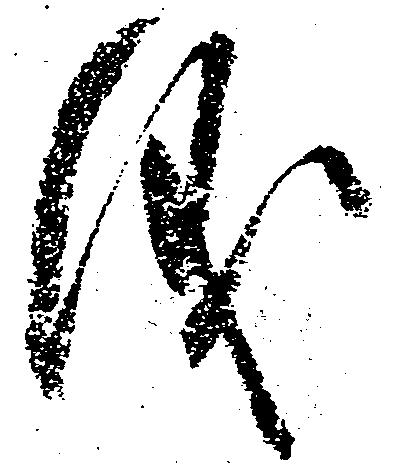
儀